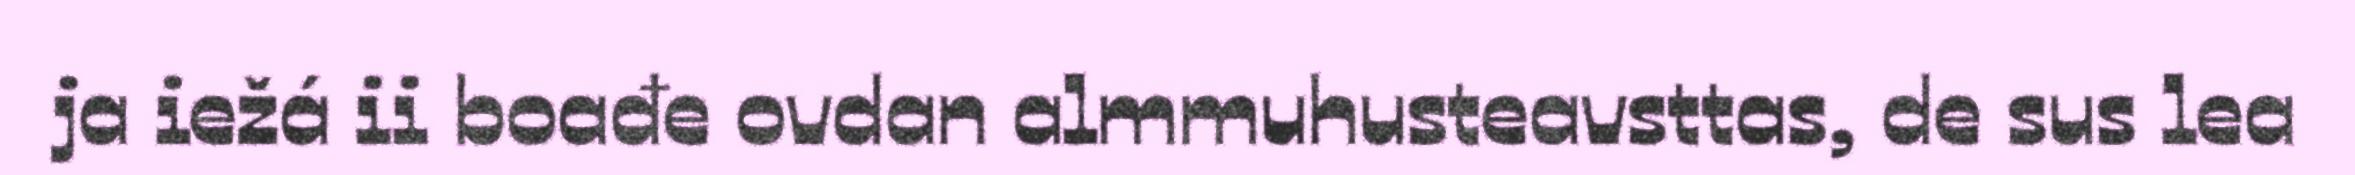
ja iežá ii boađe ovdan almmuhusteavsttas, de sus lea